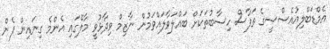
އެމްޑަބްލިއުއެސްސީގެ ތަފާސް ހިސާބުތަކަށް ބައްލަވާލައްވަމުން ނާޒިމް ވިދާޅުވީ މާލޭގައި އެންމެ ގިނައިން ފެން